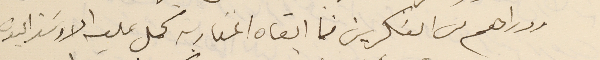
ودراهم من العسَكريين فما ابقاه المغاربه كمل عليه الاوسَتراليون